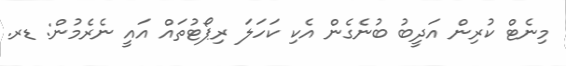
މިނެޓް ކުރިން އަދީބު ބުނެގެން އެކި ކަހަލަ ރިޕޯޓުތައް އައީ ނެރެމުން: ޑރ.